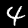
Label: 4